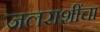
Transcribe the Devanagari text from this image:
जलराशींचा